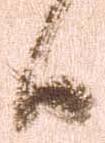
候